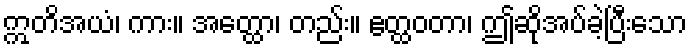
ဣတိအယံ၊ ကား။ အတ္ထော၊ တည်း။ ဧတ္ထဝတာ၊ ဤဆိုအပ်ခဲ့ပြီးသော